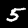
Digit: 5